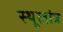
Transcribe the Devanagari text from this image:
स्‍थूलांत्र